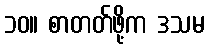
၁၀။ စာတတ်ဖို့က ဒသမ